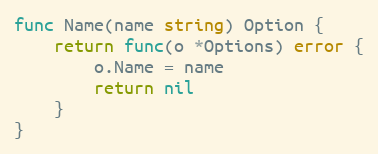
Language: Go
func Name(name string) Option {
	return func(o *Options) error {
		o.Name = name
		return nil
	}
}